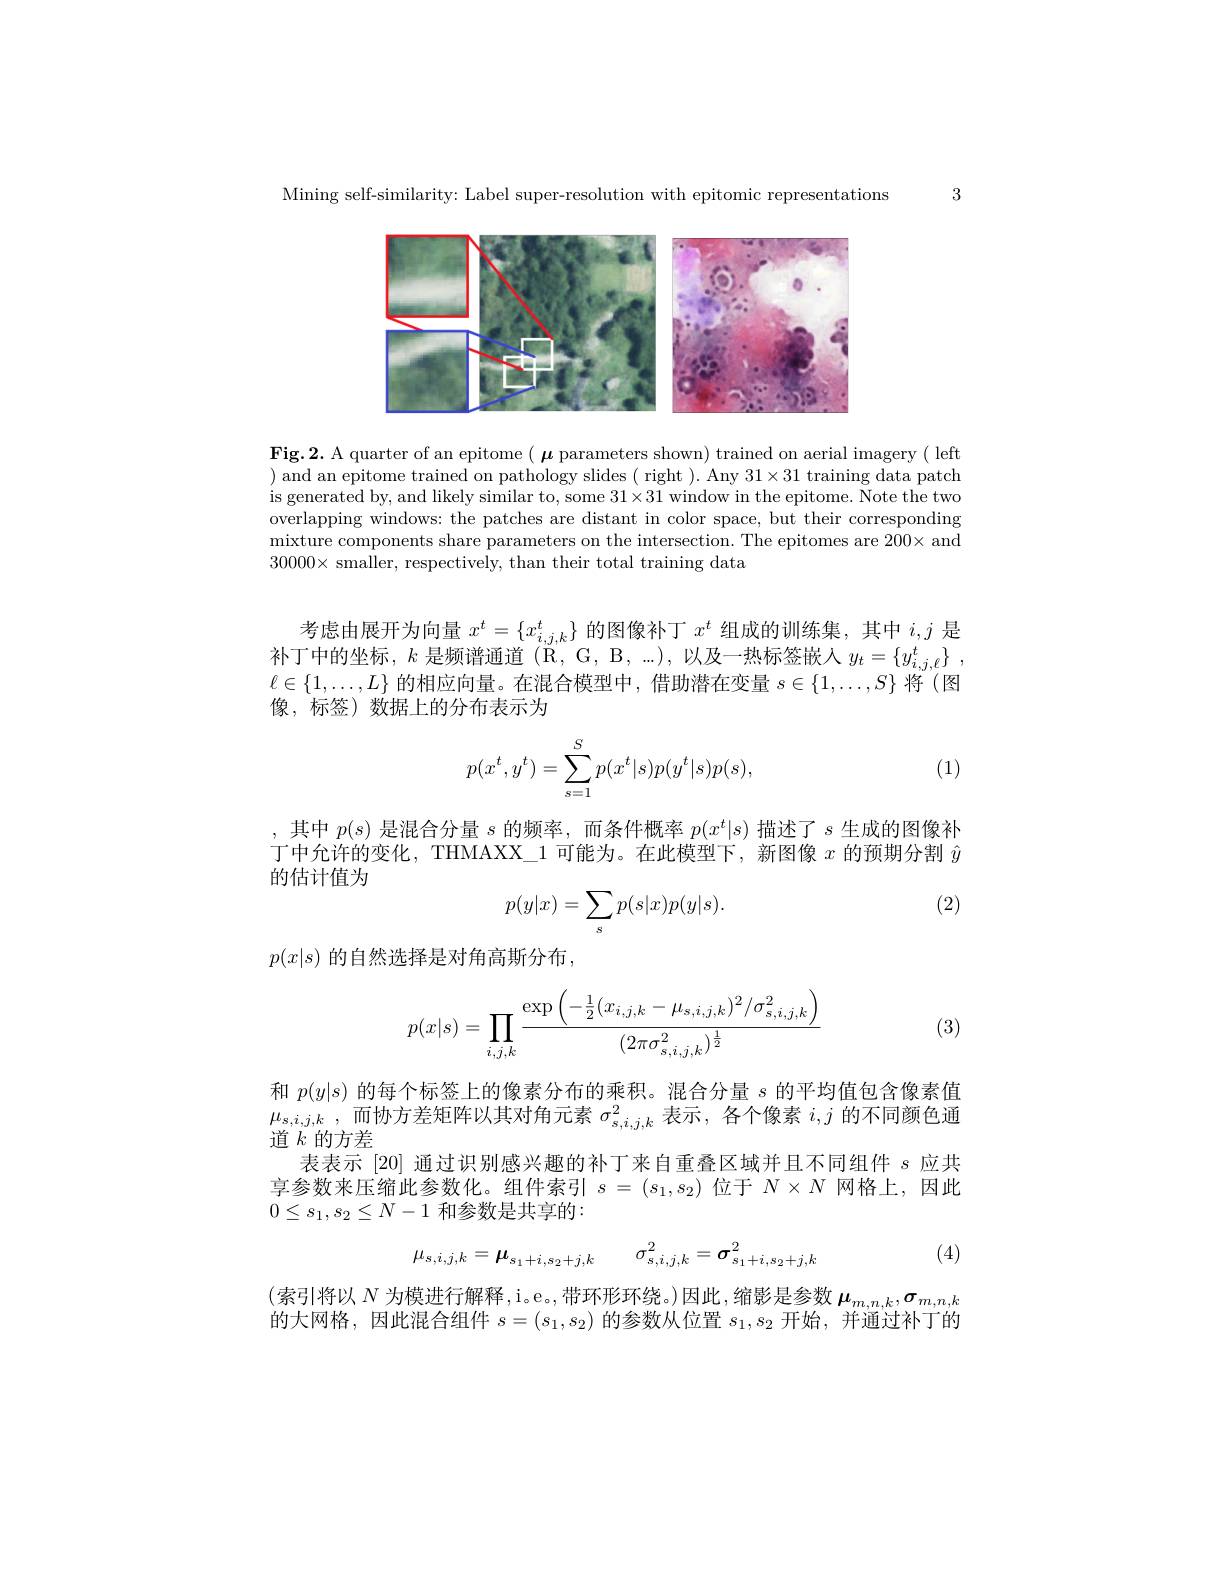
3

Mining self-similarity: Label super-resolution with epitomic representations

<FigureHere>

Fig.2. A quarter of an epitome $(\boldsymbol{\mu}$ parameters shown) trained on aerial imagery( left ) and an epitome trained on pathology slides ( right ). Any 31×31 training data patch is generated by, and likely similar to, some $31\times31$ window in the epitome. Note the two overlapping windows: the patches are distant in color space, but their corresponding mixture components share parameters on the intersection. The epitomes are $200\times$ and $30000\times$ smaller, respectively, than their total training data

考虑由展开为向量$x^t=\{x_{i,j,k}^t\}$的图像补丁$x^t$组成的训练集，其中$i,j$是补丁中的坐标，$k$是频谱通道$(\mathbb{R},\mathbb{G},\mathbb{B},...)$,以及一热标签嵌入$y_t=\{y_{i,j,\ell}^t\}~$, $\ell\in\{1,\ldots,L\}$的相应向量。在混合模型中，借助潜在变量$s\in\{1,\ldots,S\}$将 (图像，标签)数据上的分布表示为
$$\begin{aligned}p(x^t,y^t)=\sum_{s=1}^Sp(x^t|s)p(y^t|s)p(s),\end{aligned}$$
(1)

,其中$p(s)$是混合分量$s$的频率，而条件概率$p(x^t|s)$描述了$s$生成的图像补丁中允许的变化，THMAXX\_1 可能为。在此模型下，新图像$x$的预期分割$\hat{y}$ 的估计值为

(2)
$$p(y|x)=\sum_{s}p(s|x)p(y|s).$$
$p(x|s)$ 的自然选择是对角高斯分布，
$$p(x|s)=\prod\limits_{i,j,k}\frac{\exp\left(-\frac{1}{2}(x_{i,j,k}-\mu_{s,i,j,k})^2/\sigma_{s,i,j,k}^2\right)}{(2\pi\sigma_{s,i,j,k}^2)^{\frac{1}{2}}}$$
(3)

和$p(y|s)$的每个标签上的像素分布的乘积。混合分量$s$的平均值包含像素值$\mu _{s, i, j, k}$ ,而协方差矩阵以其对角元素$\sigma_s,i,j,k^2$表示 ,各个像素$i,j$的不同颜色通道$k$的方差
表表示 [20] 通过识别感兴趣的补丁来自重叠区域并且不同组件$s$应共享参数来压缩此参数化。组件索引$s=(s_1,s_2)$位于$N\times N$网格上，因此$0\leq s_1,s_2\leq N-1$ 和参数是共享的：

(4)
$$\mu_{s,i,j,k}=\mu_{s_{1}+i,s_{2}+j,k}\quad\sigma_{s,i,j,k}^{2}=\sigma_{s_{1}+i,s_{2}+j,k}^{2}$$
(索引将以 $N$ 为模进行解释，i。e。,带环形环绕。)因此，缩影是参数 $\mu_m,n,k,\sigma_{m,n,k}$ 的大网格，因此混合组件$s=(s_1,s_2)$的参数从位置$s_1,s_2$开始，并通过补丁的